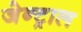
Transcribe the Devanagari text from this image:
जेन्ट्राल